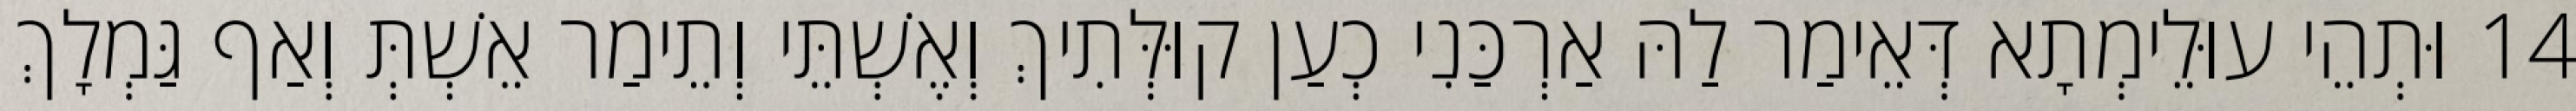
14 וּתְהֵי עוּלֵימְתָא דְּאֵימַר לַהּ אַרְכַּנִי כְעַן קוּלְּתִיךְ וְאֶשְׁתֵּי וְתֵימַר אֵשְׁתְּ וְאַף גַּמְלָךְ